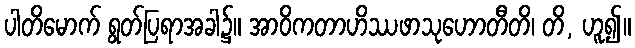
ပါတိမောက် ရွတ်ပြရာအခါ၌။ အာဝိကတာဟိဿဖာသုဟောတီတိ၊ တိ, ဟူ၍။